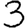
Digit: 3